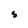
Character: S